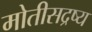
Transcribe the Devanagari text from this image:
मोतीसद्रष्य